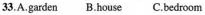
33,A.garden B.house C.bedroom